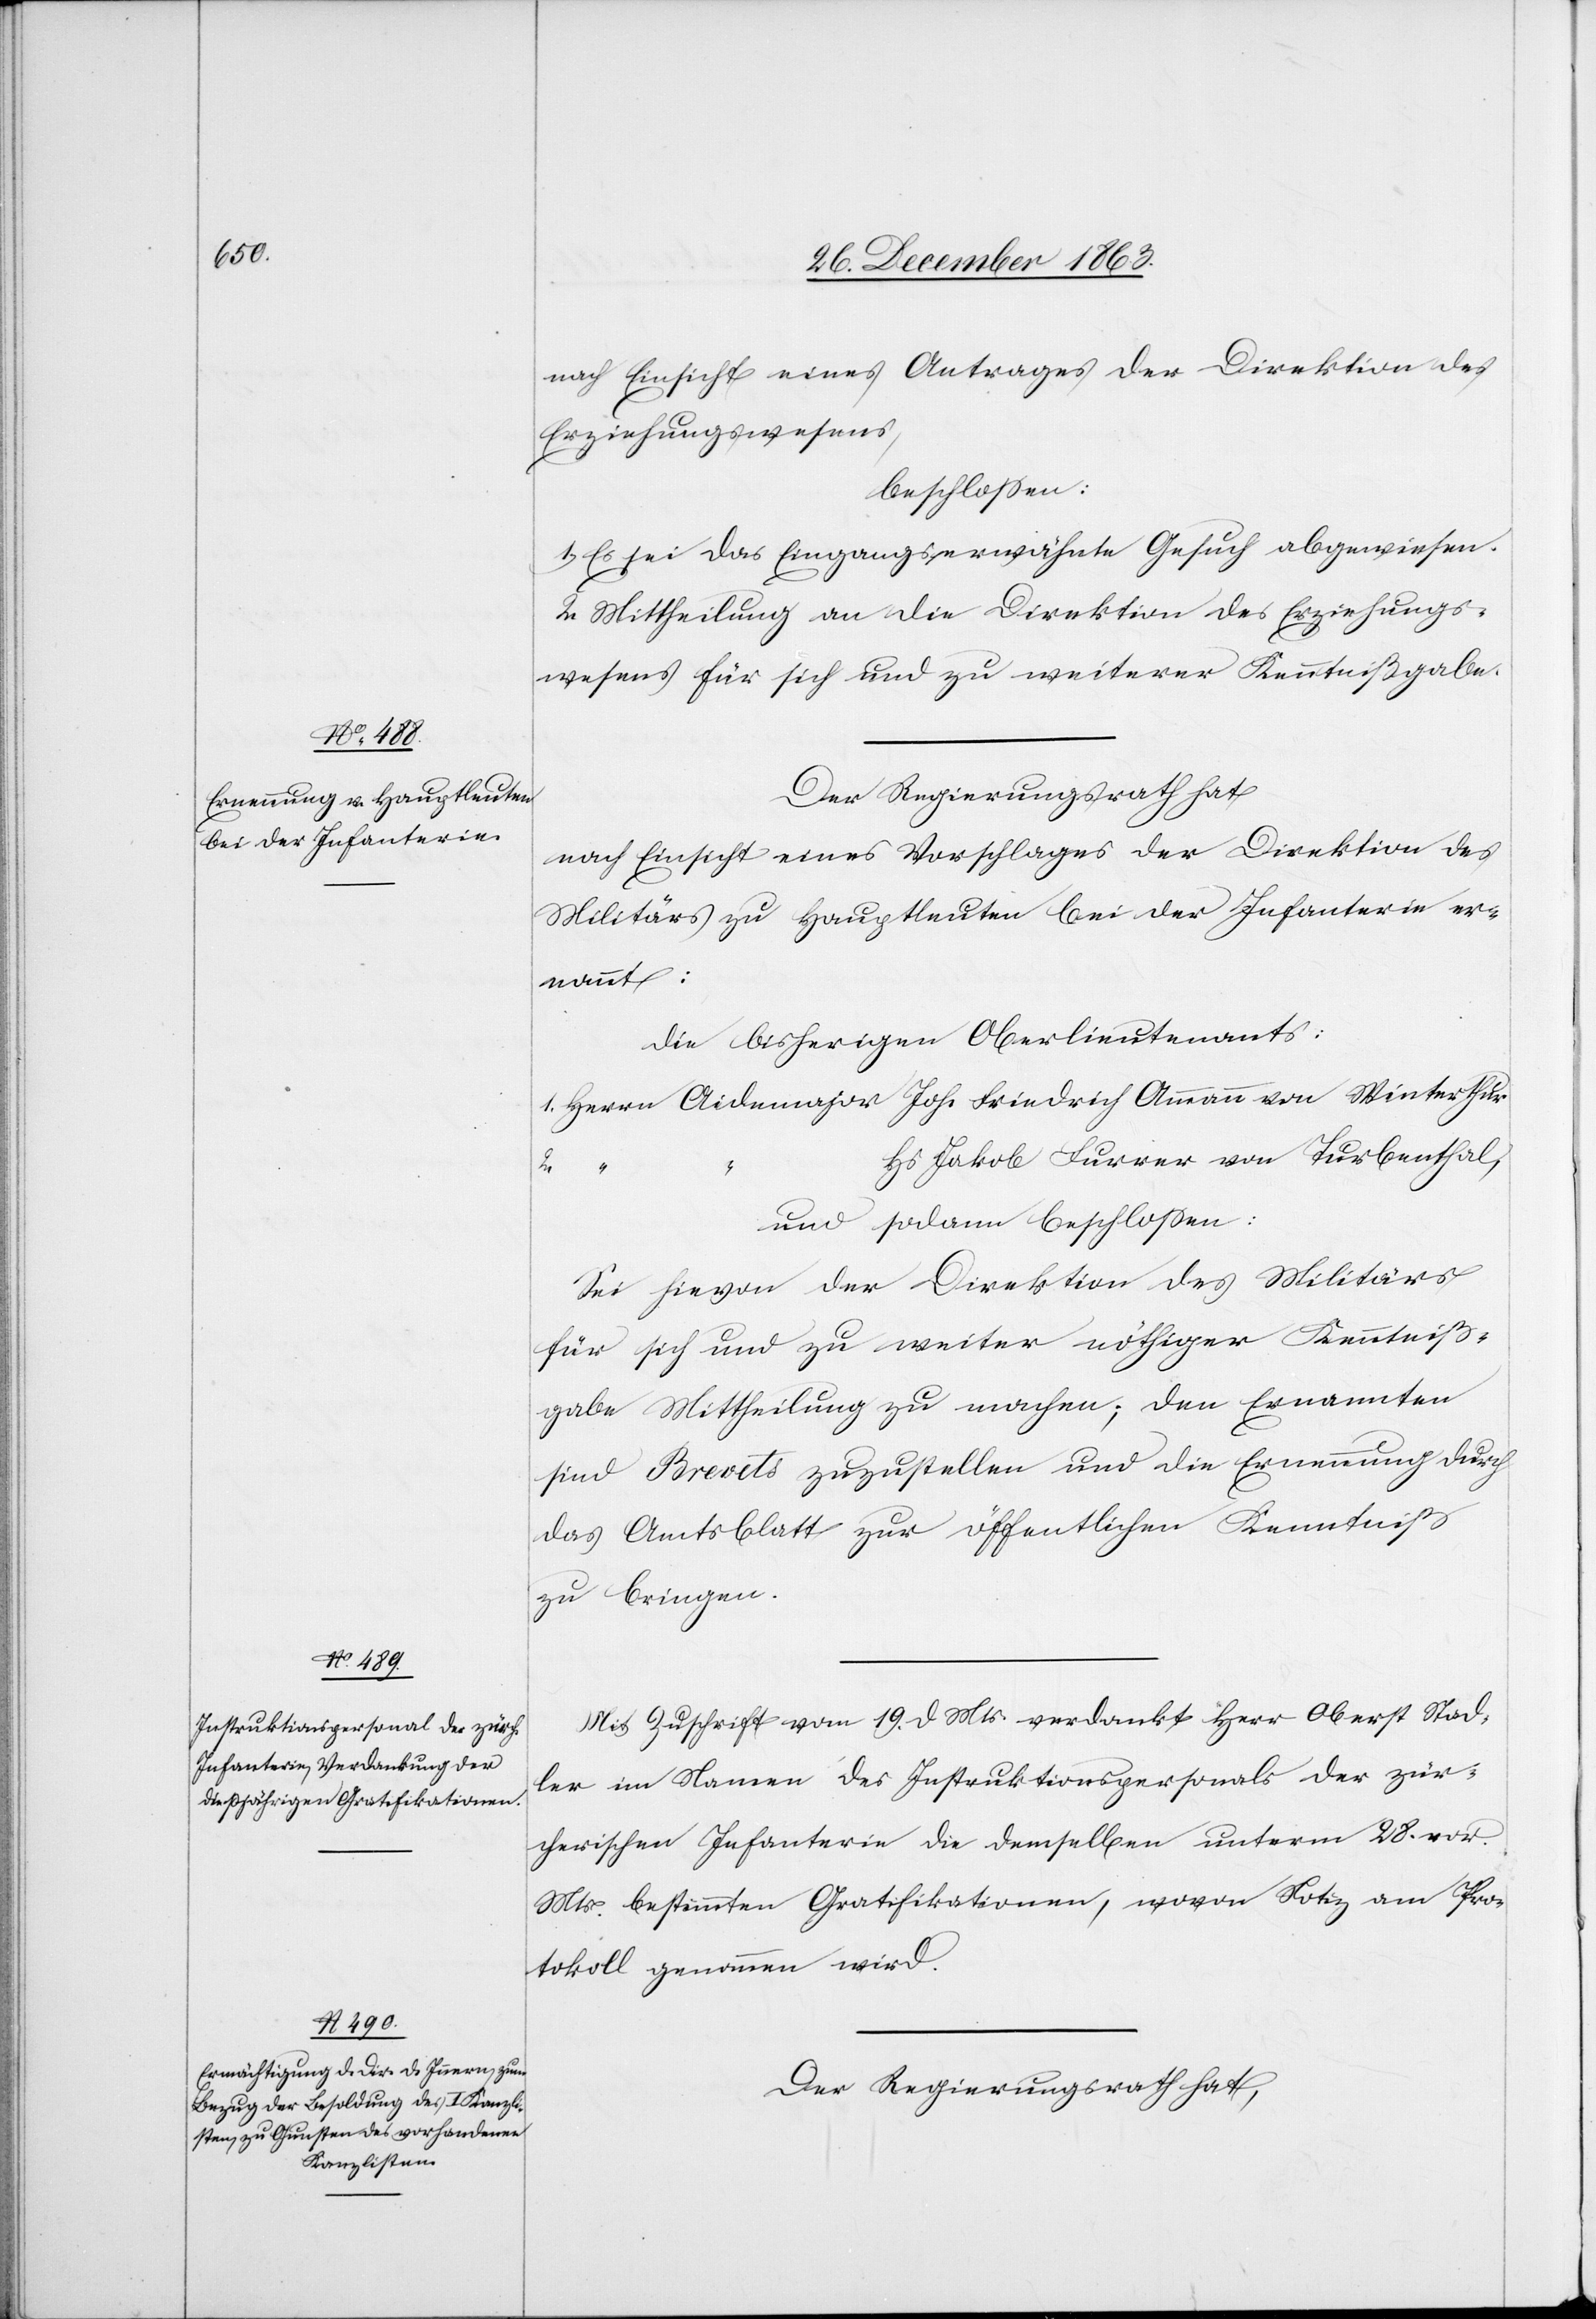
nach Einsicht eines Antrages der Direktion des
Erziehungswesens,
beschlossen:
1. Es sei das Eingangs erwähnte Gesuch abgewiesen.
2. Mittheilung an die Direktion des Erziehungs¬
wesens für sich und zu weiterer Kenntnißgabe.
Der Regierungsrath hat
nach Einsicht eines Vorschlages der Direktion des
Militärs zu Hauptleuten bei der Infanterie er¬
nannt:
die bisherigen Oberlieutenants:
1. Herrn Aidenmajor Joh. Friedrich Ammann von Winterthur.
Jakob Furrer von Turbenthal,
und sodann beschlossen:
Sei hievon der Direktion des Militärs
für sich und zu weiter nöthiger Kenntniß¬
gabe Mittheilung zu machen; den Ernannten
sind Brevets zuzustellen und die Ernennung durch
das Amtsblatt zur öffentlichen Kenntniß
zu bringen.
Mit Zuschrift vom 19. d. Mts. verdankt Herr Oberst Stad¬
ler im Namen des Instruktionspersonals der zür¬
cherischen Infanterie die demselben unterm 28. vor.
Mts. bestimmten Gratifikationen, wovon Notiz am Pro¬
tokoll genommen wird.
Der Regierungsrath hat,